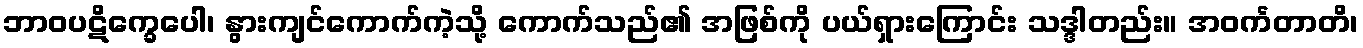
ဘာဝပဋိက္ခေပေါ၊ နွားကျင်ကောက်ကဲ့သို့ ကောက်သည်၏ အဖြစ်ကို ပယ်ရှားကြောင်း သဒ္ဒါတည်း။ အဝင်္ကတာတိ၊